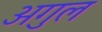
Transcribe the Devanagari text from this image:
अगुल